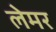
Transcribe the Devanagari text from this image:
लेमर